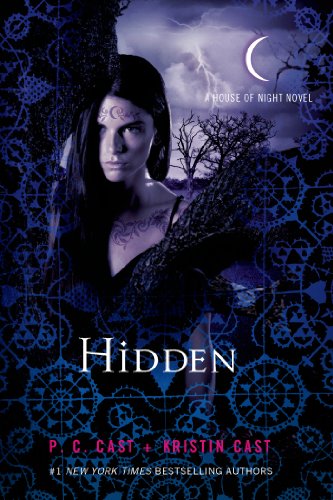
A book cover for Hidden: A House of Night Novel (House of Night Novels); P. C. Cast; Teen & Young Adult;